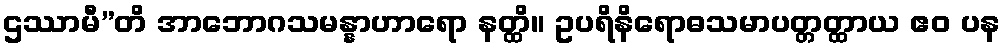
ဌဿာမီ”တိ အာဘောဂသမန္နာဟာရော နတ္ထိ။ ဥပရိနိရောဓသမာပတ္တတ္ထာယ ဧဝ ပန